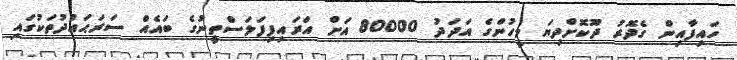
ހައިފާއިން ގެދޮރު ދޫކޮށްދިޔަ މީހުންގެ އަދަދު 80000 އަށް އަރައިފިފަލަސްތީނުގެ ބައެއް ސަރަޙައްދުތަކުގައި